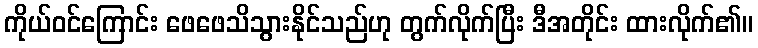
ကိုယ်ဝင်ကြောင်း ဖေဖေသိသွားနိုင်သည်ဟု တွက်လိုက်ပြီး ဒီအတိုင်း ထားလိုက်၏။